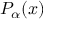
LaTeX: P _ { \alpha } ( x )